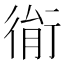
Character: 𢔮